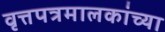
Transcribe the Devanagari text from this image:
वृत्तपत्रमालकांच्या